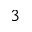
3